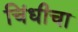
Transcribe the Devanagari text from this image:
चिंधीचा